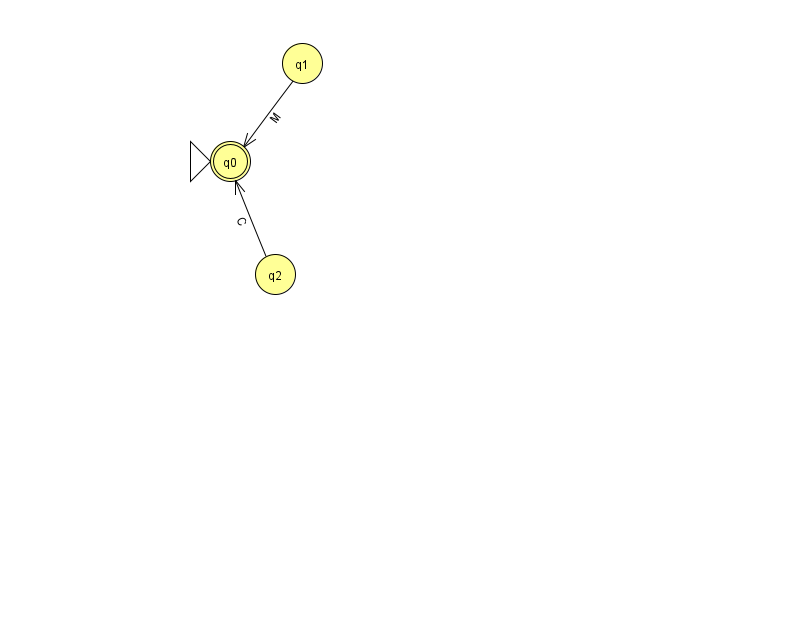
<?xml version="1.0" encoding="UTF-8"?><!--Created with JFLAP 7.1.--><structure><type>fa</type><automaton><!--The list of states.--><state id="0" name="q0"><x>230.0</x><y>148.0</y><initial/><final/></state><state id="1" name="q1"><x>302.0</x><y>50.0</y></state><state id="2" name="q2"><x>275.0</x><y>261.0</y></state><!--The list of transitions.--><transition><from>2</from><to>0</to><read>C</read></transition><transition><from>1</from><to>0</to><read>M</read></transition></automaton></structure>